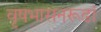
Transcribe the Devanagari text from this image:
वृषभासनरूढां